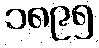
၁၈၉၅